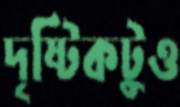
দৃষ্টিকটুও